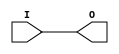
`timescale 1ns/1ps
`celldefine
//
// O_BUF simulation model
// Output buffer
//
// Copyright (c) 2023 Rapid Silicon, Inc.  All rights reserved.
//

module O_BUF
(
  input I, // Data input
  output O // Data output (connect to top-level port)
);

   assign O = I ;
 initial begin


  end

endmodule
`endcelldefine